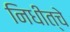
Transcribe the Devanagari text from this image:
निधीत्चे